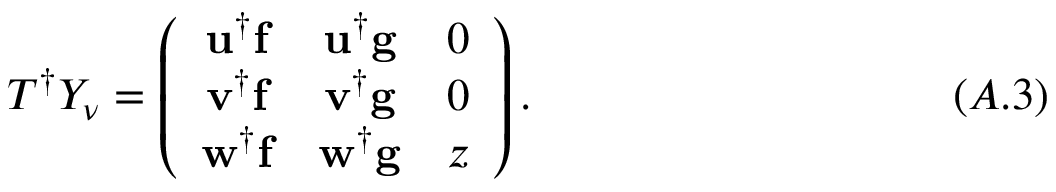
T ^ { \dagger } Y _ { \nu } = \left( \begin{array} { c c c } { { { \bf u } ^ { \dagger } { \bf f } } } & { { { \bf u } ^ { \dagger } { \bf g } } } & { { 0 } } \\ { { { \bf v } ^ { \dagger } { \bf f } } } & { { { \bf v } ^ { \dagger } { \bf g } } } & { { 0 } } \\ { { { \bf w } ^ { \dagger } { \bf f } } } & { { { \bf w } ^ { \dagger } { \bf g } } } & { { z } } \end{array} \right) . \eqno ( A . 3 )